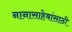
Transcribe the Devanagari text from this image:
नानासाहेबांसाठी